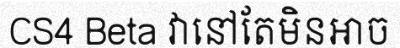
CS4 Beta វានៅតែមិនអាច